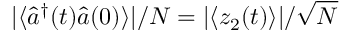
| \langle \hat { a } ^ { \dagger } ( t ) \hat { a } ( 0 ) \rangle | / N = | \langle z _ { 2 } ( t ) \rangle | / \sqrt { N }